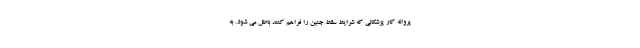
پروانه کار پزشکانی که شرایط سقط جنین را فراهم کنند باطل می شود. به